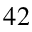
4 2